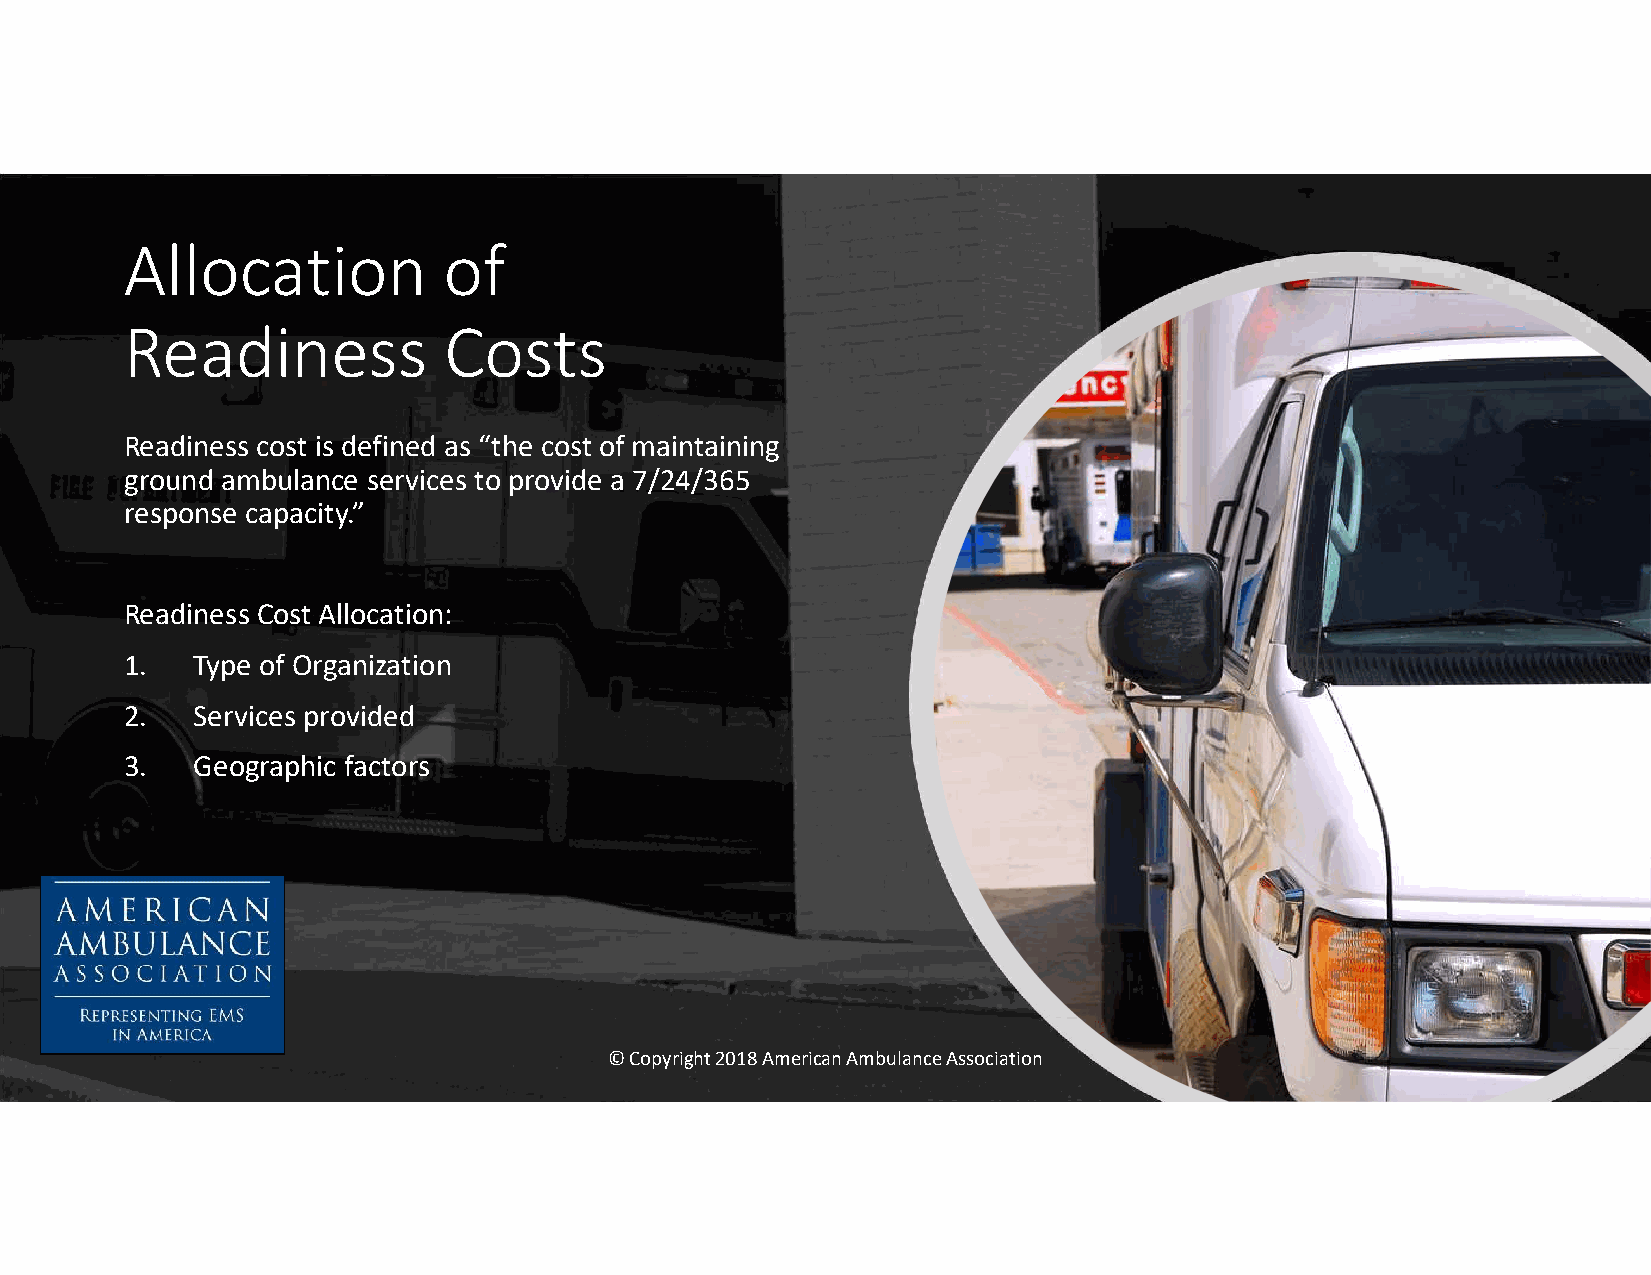
Allocation           of
 Readiness            Costs
 Readiness cost is defined as “the cost of maintaining
 ground ambulance services to provide a 7/24/365
 response capacity.”
 Readiness Cost Allocation:
 1.   Type of Organization
 2.   Services provided
 3.   Geographic factors
 © Copyright 2018 American Ambulance Association